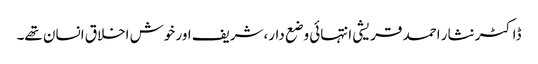
ڈاکٹر نثار احمد قریشی انتہائی وضع دار،شریف اور خوش اخلاق انسان تھے۔